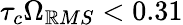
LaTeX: \tau_{c}\Omega_{\mathbb{R}MS}<0.31